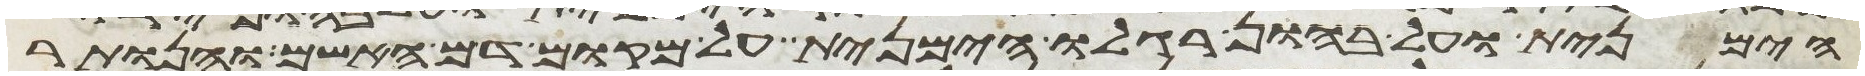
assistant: הימנית ועל בהון רגלו הימנית על מקום דם האשם והנותר